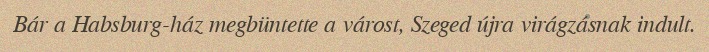
Bár a Habsburg-ház megbüntette a várost, Szeged újra virágzásnak indult.